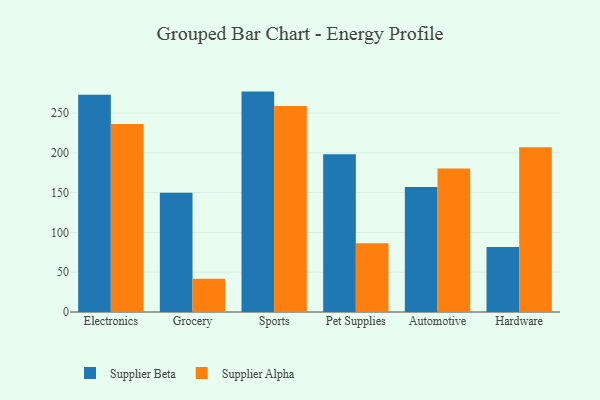
{"axis": {"x": "Category", "y": "Churn Rate (%)"}, "legend": ["Supplier Alpha", "Supplier Beta"], "data": [{"x": "Electronics", "y": 273.1, "type": "Supplier Beta"}, {"x": "Electronics", "y": 236.4, "type": "Supplier Alpha"}, {"x": "Grocery", "y": 149.8, "type": "Supplier Beta"}, {"x": "Grocery", "y": 41.7, "type": "Supplier Alpha"}, {"x": "Sports", "y": 277.0, "type": "Supplier Beta"}, {"x": "Sports", "y": 258.8, "type": "Supplier Alpha"}, {"x": "Pet Supplies", "y": 198.2, "type": "Supplier Beta"}, {"x": "Pet Supplies", "y": 86.4, "type": "Supplier Alpha"}, {"x": "Automotive", "y": 157.2, "type": "Supplier Beta"}, {"x": "Automotive", "y": 180.2, "type": "Supplier Alpha"}, {"x": "Hardware", "y": 81.6, "type": "Supplier Beta"}, {"x": "Hardware", "y": 207.0, "type": "Supplier Alpha"}]}